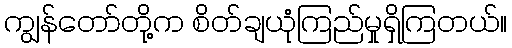
ကျွန်တော်တို့က စိတ်ချယုံကြည်မှုရှိကြတယ်။